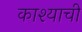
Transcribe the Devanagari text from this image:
काश्याची